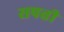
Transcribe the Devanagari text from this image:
सपत्ती